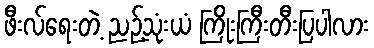
ဖီးလ်ရေးတဲ့ ညဉ့်သုံးယံ ကြိုးကြီးတီးပြပါလား